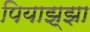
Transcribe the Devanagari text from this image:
पियाझ्झा